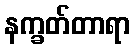
နက္ခတ်တာရာ